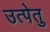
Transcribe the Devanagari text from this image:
उत्पेतु